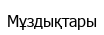
Мұздықтары